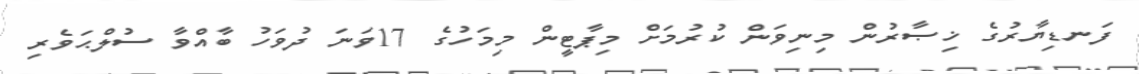
ފަނޑިޔާރުގެ ޚިޞާރުން މިނިވަން ކުރުމަށް މިޕާޓީން މިމަހުގެ 17ވަނަ ދުވަހު ބާއްވާ ސުލްޙަވެރި